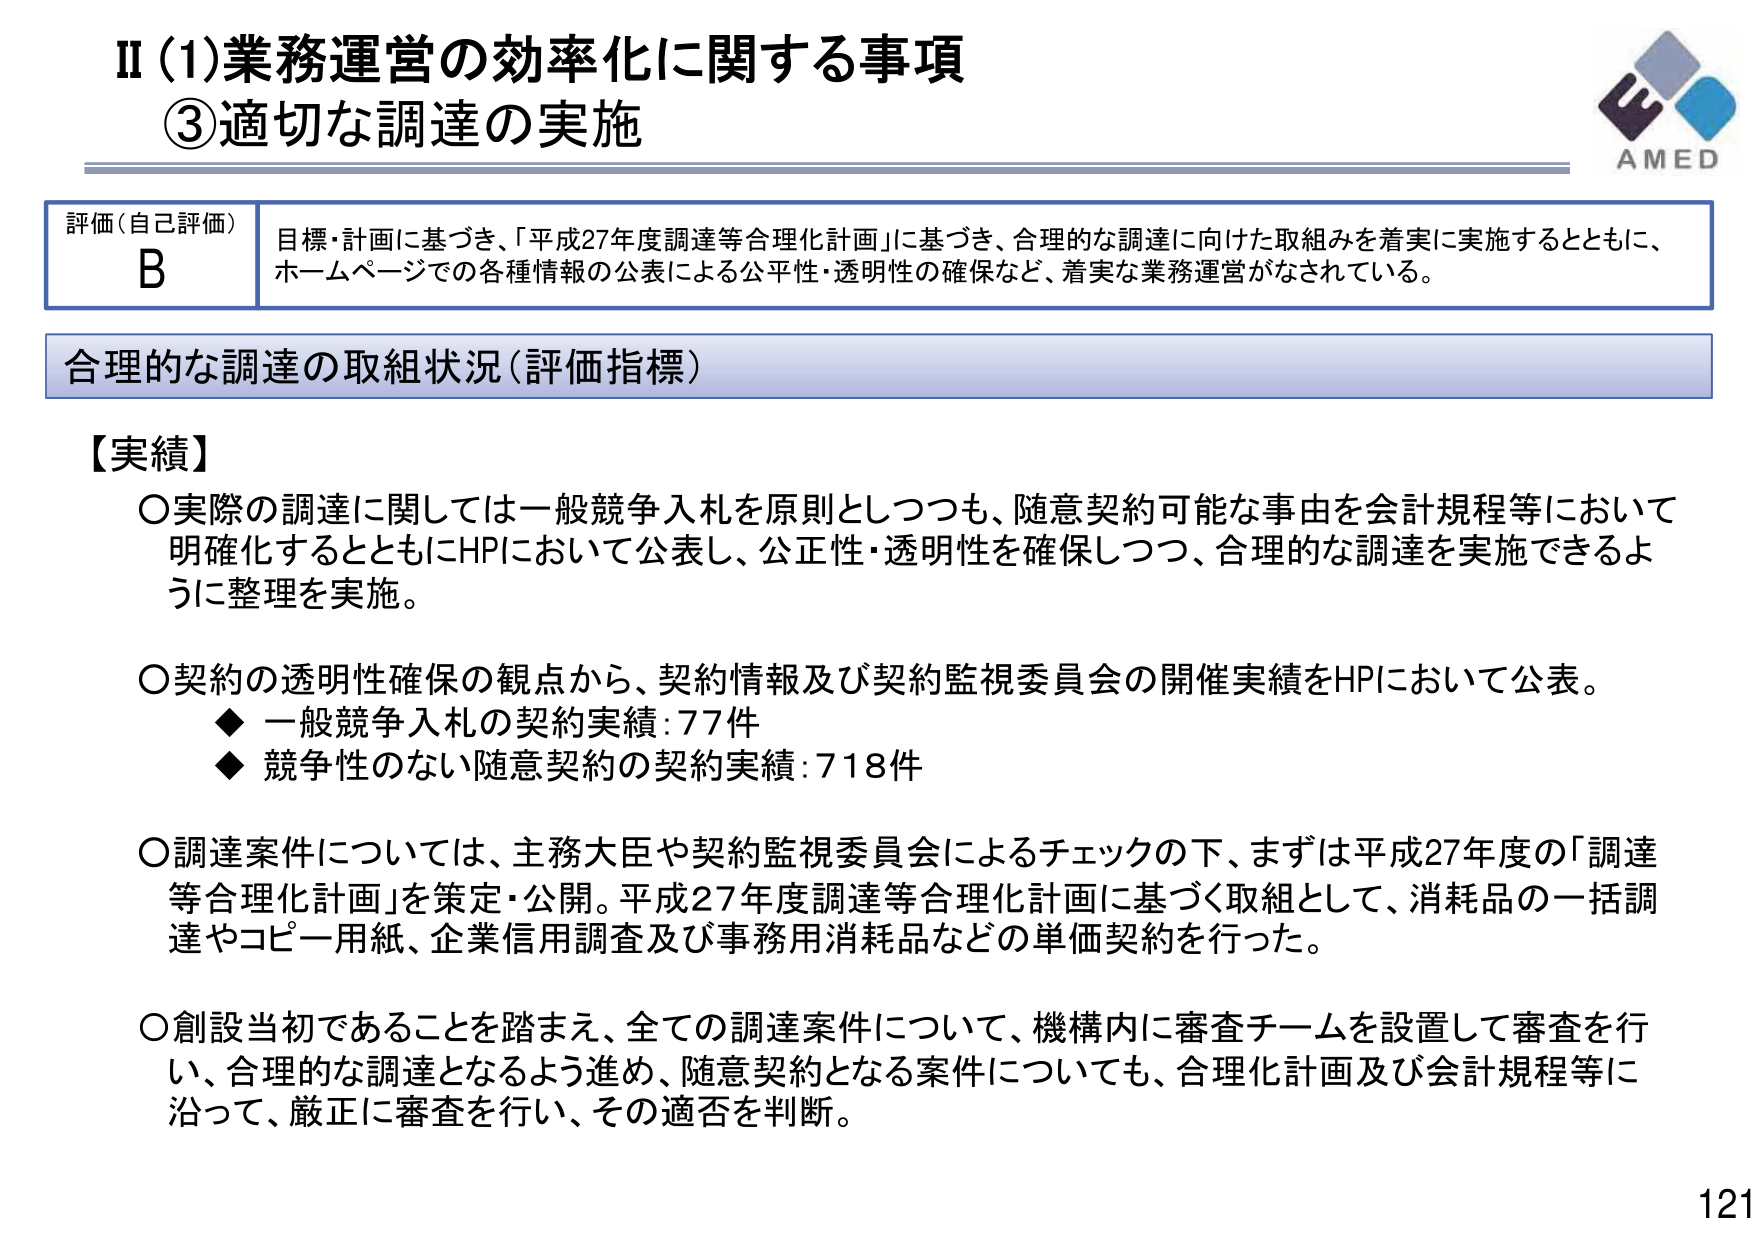
II (1)業務運営の効率化に関する事項
③適切な調達の実施

評価（自己評価）
B
目標・計画に基づき、「平成27年度調達等合理化計画」に基づき、合理的な調達に向けた取組みを着実に実施するとともに、
ホームページでの各種情報の公表による公平性・透明性の確保など、着実な業務運営がなされている。

合理的な調達の取組状況（評価指標）

【実績】
○実際の調達に関しては一般競争入札を原則としつつも、随意契約可能な事由を会計規程等において
明確化するとともにHPにおいて公表し、公正性・透明性を確保しつつ、合理的な調達を実施できるよ
うに整理を実施。

○契約の透明性確保の観点から、契約情報及び契約監視委員会の開催実績をHPにおいて公表。
　◆ 一般競争入札の契約実績：77件
　◆ 競争性のない随意契約の契約実績：718件

○調達案件については、主務大臣や契約監視委員会によるチェックの下、まずは平成27年度の「調達
等合理化計画」を策定・公開。平成27年度調達等合理化計画に基づく取組として、消耗品の一括調
達やコピー用紙、企業信用調査及び事務用消耗品などの単価契約を行った。

○創設当初であることを踏まえ、全ての調達案件について、機構内に審査チームを設置して審査を行
い、合理的な調達となるよう進め、随意契約となる案件についても、合理化計画及び会計規程等に
沿って、厳正に審査を行い、その適否を判断。

AMED
121